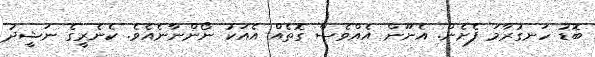
ބޮޑު ހަނގުރާމަ ފެށެން. އެނޫން އެއްވެސް ގޮތެއް އެއަކު ނޯންނާނެއެވެ. ކެނެރީގެ ނަޝީދު